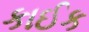
કાઈક